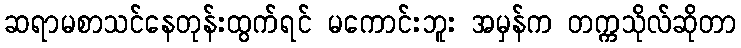
ဆရာမစာသင်နေတုန်းထွက်ရင် မကောင်းဘူး အမှန်က တက္ကသိုလ်ဆိုတာ